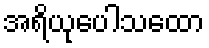
အရိယုပေါသထော